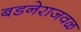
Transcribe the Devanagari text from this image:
बडनेराजवळ